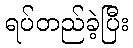
ရပ်တည်ခဲ့ပြီး